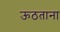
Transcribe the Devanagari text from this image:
ऊठताना